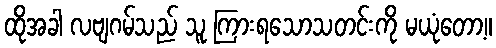
ထိုအခါ လဗျဂမ်သည် သူ ကြားရသောသတင်းကို မယုံတော့။